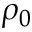
\rho _ { 0 }